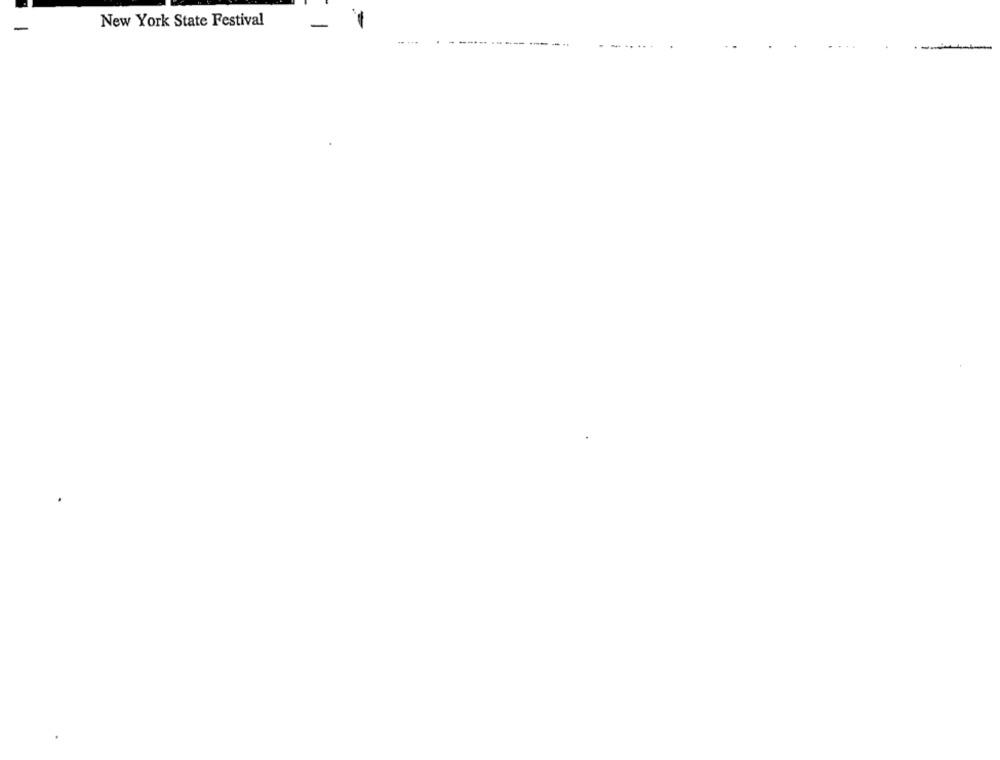
New York State Festival
-
-